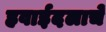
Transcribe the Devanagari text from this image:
हवाईदलाचे